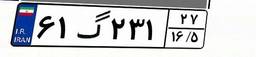
۲۶گ۳۰۲۱۲